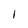
Character: 1